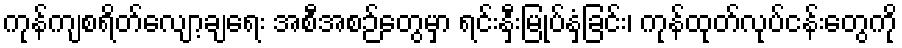
ကုန်ကျစရိတ်လျော့ချရေး အစီအစဉ်တွေမှာ ရင်းနှီးမြုပ်နှံခြင်း၊ ကုန်ထုတ်လုပ်ငန်းတွေကို